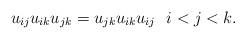
LaTeX: \begin{align*} u_{ij} u_{ik} u_{jk}=u_{jk} u_{ik} u_{ij} \ \ i < j < k.\end{align*}